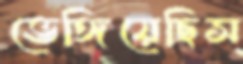
ভেঙ্গিয়েছিস